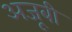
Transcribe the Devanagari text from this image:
अजूबी